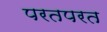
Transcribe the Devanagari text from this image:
परतपरत